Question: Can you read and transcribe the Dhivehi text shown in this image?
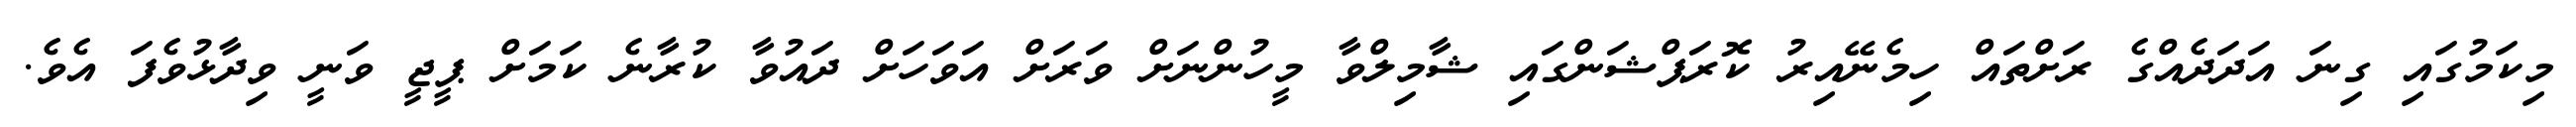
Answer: މިކަމުގައި ގިނަ އަދަދެއްގެ ރަށްތައް ހިމެނޭއިރު ކޮރަޕްޝަންގައި ޝާމިލްވާ މީހުންނަށް ވަރަށް އަވަހަށް ދައުވާ ކުރާނެ ކަމަށް ޕީޖީ ވަނީ ވިދާޅުވެފަ އެވެ.